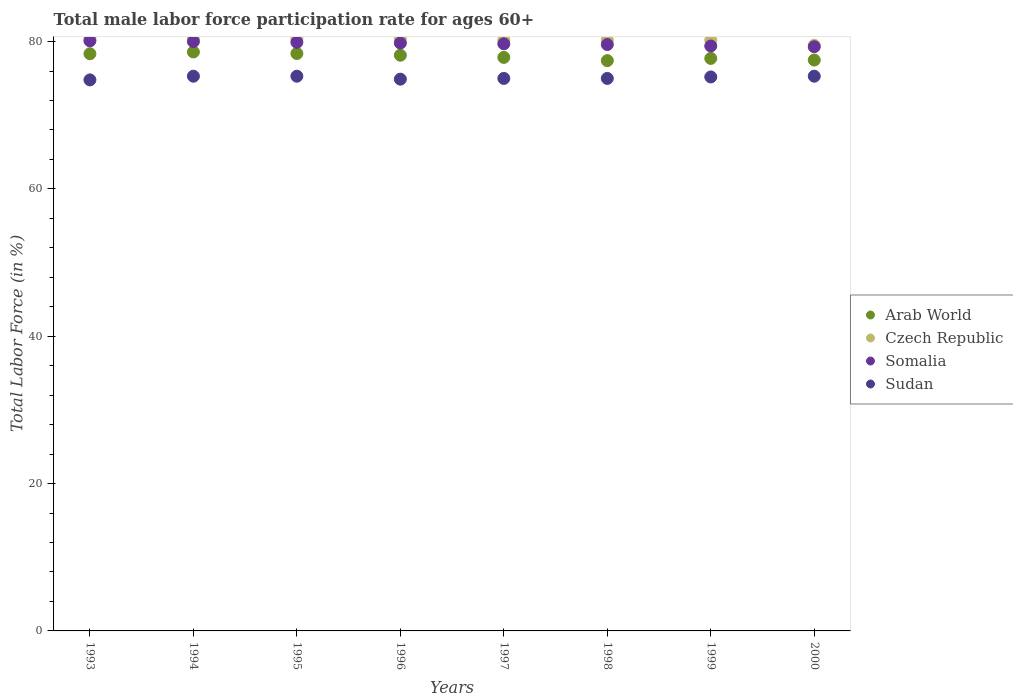
| Years | Arab World | Czech Republic | Somalia | Sudan |
 | --- | --- | --- | --- | --- |
 | 1993 | 78.3 | 80.4 | 80.1 | 74.8 |
 | 1994 | 78.6 | 80.4 | 80 | 75.3 |
 | 1995 | 78.4 | 80.4 | 79.9 | 75.3 |
 | 1996 | 78.1 | 80.4 | 79.8 | 74.9 |
 | 1997 | 77.9 | 80.2 | 79.7 | 75 |
 | 1998 | 77.4 | 80.2 | 79.6 | 75 |
 | 1999 | 77.7 | 80.2 | 79.4 | 75.2 |
 | 2000 | 77.5 | 79.5 | 79.3 | 75.3 |